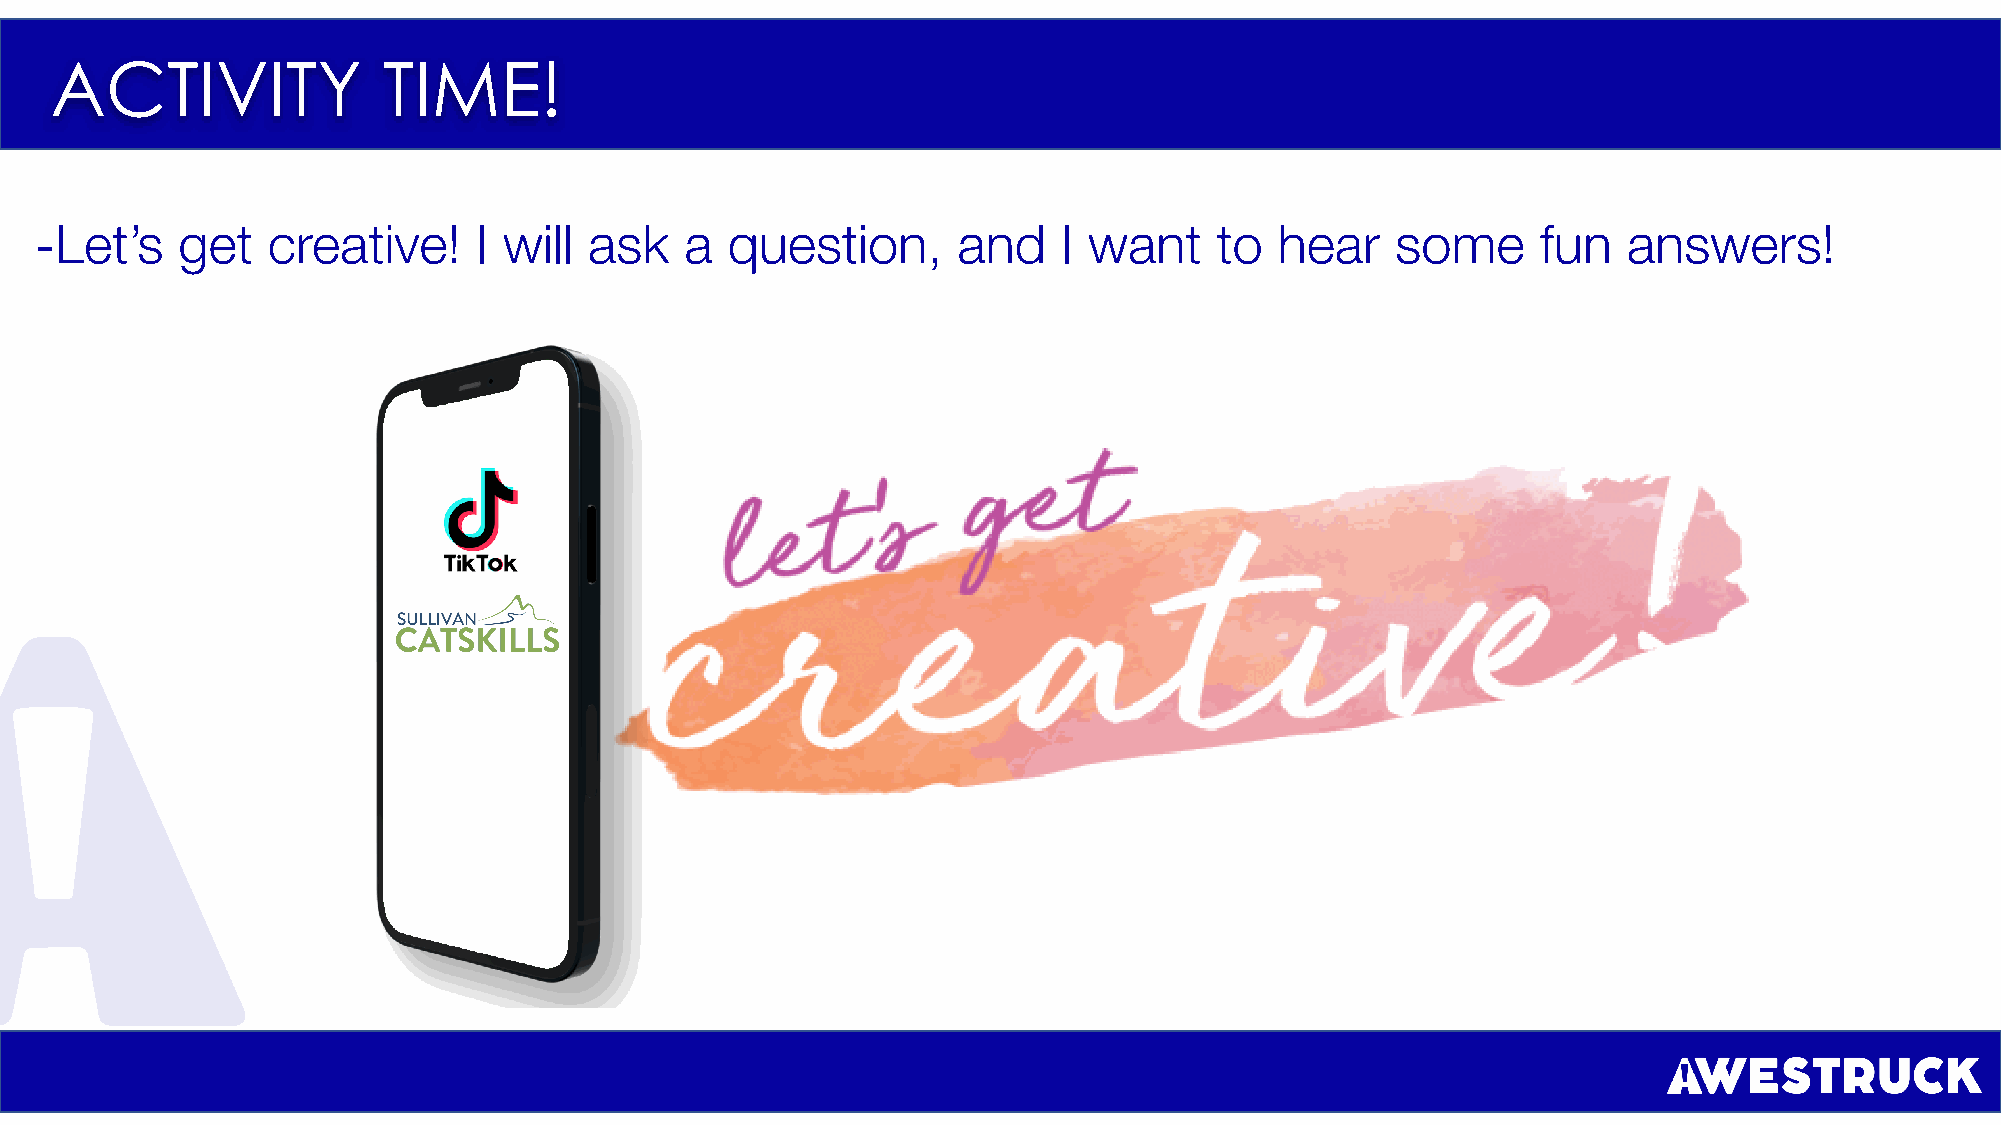
ACTIVITY              TIME!
 -Let’s    get   creative!    I will  ask   a  question,      and    I want    to   hear   some      fun   answers!